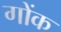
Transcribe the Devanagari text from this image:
गोंक